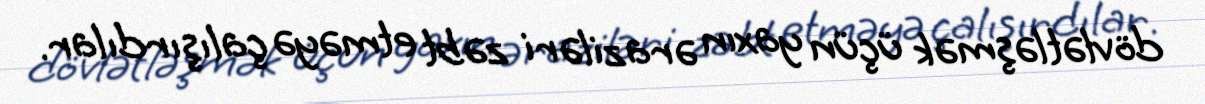
dövlətləşmək üçün yaxın əraziləri zəbt etməyə çalışırdılar.